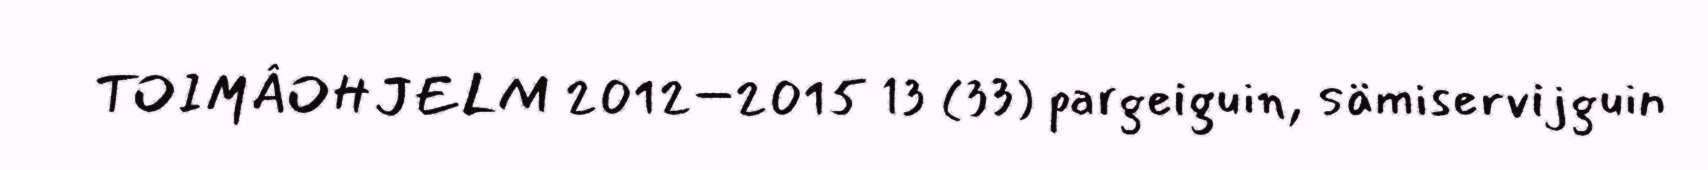
TOIMÂOHJELM 2012–2015 13 (33) pargeiguin, sämiservijguin